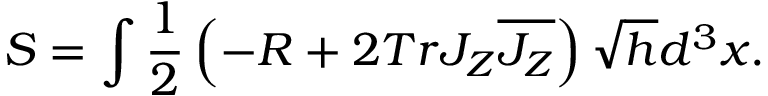
S = \int \frac { 1 } { 2 } \left( - { \cal R } + 2 T r { \cal J } _ { Z } \overline { { { { \cal J } _ { Z } } } } \right) \sqrt { h } d ^ { 3 } x .